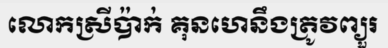
លោកស្រីប៉ាក់ គុនហេនឹងត្រូវព្យួរ